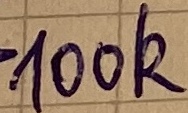
Text: 100k